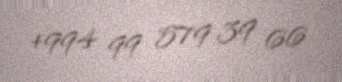
+994 99 579 39 66